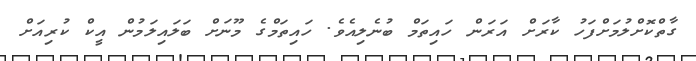
ގާތްކޮށްލުމަށްފަހު ކާރަށް އަރަން ހައިތަމް ބުނެލިއެވެ. ހައިތަމްގެ މޫނަށް ބަލައިލަމުން އީކް ކުރިއަށް